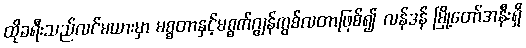
ထိုခရီးသည်လင်မယားမှာ မစ္စတာနှင့်မစ္စက်ဂျွန်ကွစ်လတာဖြစ်၍ လန်ဒန် မြို့တော်အနီးရှိ